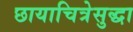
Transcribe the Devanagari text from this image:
छायाचित्रेसुद्धा